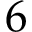
6